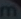
m